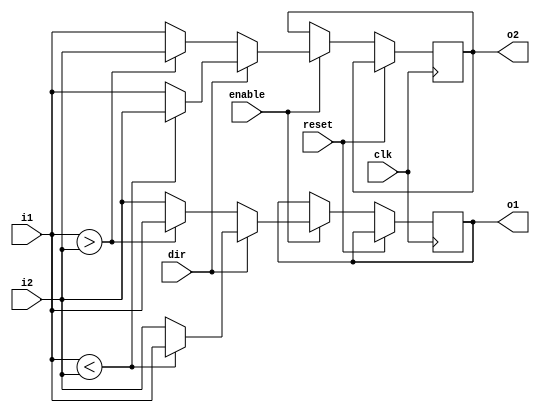
module compare_and_exchange(
    input [31:0] i1,
    input [31:0] i2,
    input dir,
    input clk,
    input reset,
    input enable,
    output [31:0] o1,
    output  [31:0] o2
    );
    reg [31:0]r1;
    reg [31:0]r2;
   always @(posedge clk)
   begin
   if(reset==0)
   begin
           if(enable==1)
            begin
                 if(dir==1)
                     begin
                        if (i1<i2)
                            begin
                                 r1 <= i1;
                                 r2 <= i2;
                            end
                        else
                             begin
                                 r1 <= i2;
                                 r2 <= i1;
                             end
                       end
                 else if(dir==0)  
                     begin
                        if (i1>i2)
                            begin
                             r1 <= i1;
                             r2 <= i2;
                            end
                        else
                             begin
                                 r1 <= i2;
                                 r2 <= i1;
                              end
                      end
            end
    else if (reset==1)
    begin
    r1<=32'b0;
    r2<=32'b0;
    end
    
    end
    
    end
  
    assign o2=r2; 
  assign o1=r1;
 
  
    
endmodule
module BM4_CAE(
    input [31:0] i1,
    input [31:0] i2,
    input [31:0] i3,
    input [31:0] i4,
    input dir,
    input clk,
    input reset,
    input enable,
    output [31:0] o1,
    output [31:0] o2,
    output [31:0] o3,
    output [31:0] o4
    );
    wire [31:0]r1,r2,r3,r4,r5,r6,r7,r8,r9,r10,r11,r12,r13,r14;
          
           compare_and_exchange cae1(i1[31:0],i2[31:0],dir,clk,reset,enable,r1,r2);
           compare_and_exchange cae2(i3[31:0],i4[31:0],dir,clk,reset,enable,r3,r4);
           compare_and_exchange cae3(r1[31:0],r4[31:0],dir,clk,reset,enable,r5,r8);
           compare_and_exchange cae4(r2[31:0],r3[31:0],dir,clk,reset,enable,r6,r7);
           compare_and_exchange cae5(r5[31:0],r6[31:0],dir,clk,reset,enable,r11,r13);
           compare_and_exchange cae6(r7[31:0],r8[31:0],dir,clk,reset,enable,r12,r14); 
           assign o1=r11;
           assign o2=r12;
           assign o3=r13;
           assign o4=r14;
          
         
          
    endmodule
module BM8_CAE(
        input [31:0] i1,
        input [31:0] i2,
        input [31:0] i3,
        input [31:0] i4,
        input [31:0] i5,
        input [31:0] i6,
        input [31:0] i7,
        input [31:0] i8,
        input dir,
        input clk,
        input reset,
        input enable,
        output [31:0] o1,
        output [31:0] o2,
        output [31:0] o3,
        output [31:0] o4,
        output [31:0] o5,
        output [31:0] o6,
        output [31:0] o7,
        output [31:0] o8
        );
      wire [31:0] r1,r2 ,r3,r4,r5,r6,r7,r8,r9,r10,r11,r12,r13,r14,r15,r16,r17,r18,r19,r20,r21,r22,r23,r24;   
         compare_and_exchange cae1(i1[31:0],i8[31:0],dir,clk,reset,enable,r1,r8);
         compare_and_exchange cae2(i2[31:0],i7[31:0],dir,clk,reset,enable,r2,r7);
         compare_and_exchange cae3(i3[31:0],i6[31:0],dir,clk,reset,enable,r3,r6);
         compare_and_exchange cae4(i4[31:0],i5[31:0],dir,clk,reset,enable,r4,r5);
        
         compare_and_exchange cae6(r1[31:0],r3[31:0],dir,clk,reset,enable,r9,r10); 
         compare_and_exchange cae7(r2[31:0],r4[31:0],dir,clk,reset,enable,r11,r12); 
         compare_and_exchange cae8(r5[31:0],r7[31:0],dir,clk,reset,enable,r13,r14);
         compare_and_exchange cae9(r6[31:0],r8[31:0],dir,clk,reset,enable,r15,r16);
         
         compare_and_exchange cae10(r9[31:0],r11[31:0],dir,clk,reset,enable,r17,r18); 
         compare_and_exchange cae11(r10[31:0],r12[31:0],dir,clk,reset,enable,r19,r20);
         compare_and_exchange cae12(r13[31:0],r15[31:0],dir,clk,reset,enable,r21,r22); 
         compare_and_exchange cae13(r14[31:0],r16[31:0],dir,clk,reset,enable,r23,r24);  
       
        assign o1=r17;
        assign o2=r18;
        assign o3=r19;
        assign o4=r20;
        assign o5=r21;
        assign o6=r22;
        assign o7=r23;
        assign o8=r24;
      endmodule
        
module full_CAE(
input [31:0] i1,
input [31:0] i2,
input [31:0] i3,
input [31:0] i4,
input [31:0] i5,
input [31:0] i6,
input [31:0] i7,
input [31:0] i8,
input dir,
input clk,
input reset,
input enable,
output [31:0] o1,
output [31:0] o2,
output [31:0] o3,
output [31:0] o4,
output [31:0] o5,
output [31:0] o6,
output [31:0] o7,
output [31:0] o8
);
wire [31:0] r1,r2 ,r3,r4,r5,r6,r7,r8,r9,r10,r11,r12,r13,r14,r15,r16,r17,r18,r19,r20,r21,r22,r23,r24;

compare_and_exchange cae1(i1[31:0],i2[31:0],dir,clk,reset,enable,r1,r2);
compare_and_exchange cae2(i3[31:0],i4[31:0],dir,clk,reset,enable,r3,r4);
compare_and_exchange cae3(i5[31:0],i6[31:0],dir,clk,reset,enable,r5,r6);
compare_and_exchange cae4(i7[31:0],i8[31:0],dir,clk,reset,enable,r7,r8);
BM4_CAE a1(r1,r2,r3,r4,dir,clk,reset,enable,r9,r10,r11,r12);
BM4_CAE a2(r5,r6,r7,r8,dir,clk,reset,enable,r13,r14,r15,r16);
BM8_CAE a3(r9,r10,r11,r12,r13,r14,r15,r16,dir,clk,reset,enable,r17,r18,r19,r20,r21,r22,r23,r24);

assign o1=r17;
assign o2=r18;
assign o3=r19;
assign o4=r20;
assign o5=r21;
assign o6=r23;
assign o7=r22;
assign o8=r24;

endmodule